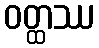
ဝတ္ထဿ